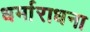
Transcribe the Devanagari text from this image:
धर्माराधना